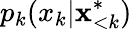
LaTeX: p_{k}(x_{k}|\mathbf{x}_{<k}^{*})